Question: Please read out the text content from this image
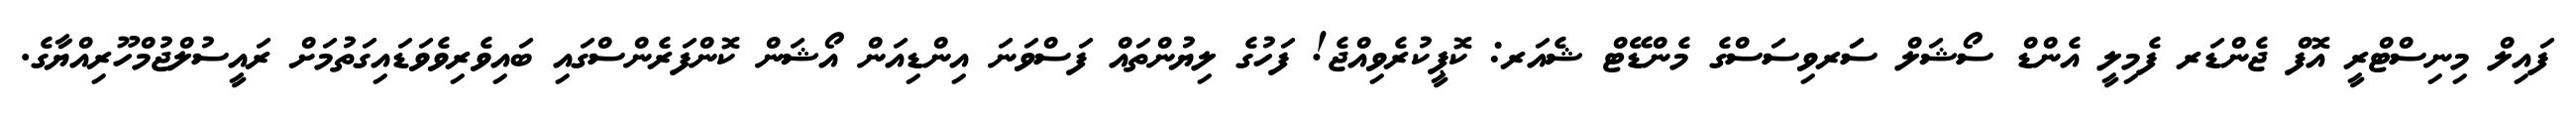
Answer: ފައިލް މިނިސްޓްރީ އޮފް ޖެންޑަރ ފެމިލީ އެންޑް ސޯޝަލް ސަަރވިސަސްގެ މެންޑޭޓް ޝެއަރ: ކޮޕީކުރެވިއްޖެ! ފަހުގެ ލިޔުންތައް ފަސްވަނަ އިންޑިއަން އޯޝަން ކޮންފަރެންސްގައި ބައިވެރިވެވަޑައިގަތުމަށް ރައީސުލްޖުމްހޫރިއްޔާގެ.